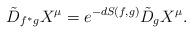
LaTeX: \begin{align*}\tilde D_{f^\ast g}X^\mu=e^{-dS(f,g)}\tilde D_gX^\mu.\end{align*}